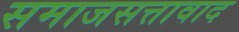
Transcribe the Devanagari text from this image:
समाजसत्तावाद